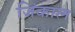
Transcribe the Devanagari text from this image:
जिंकाल